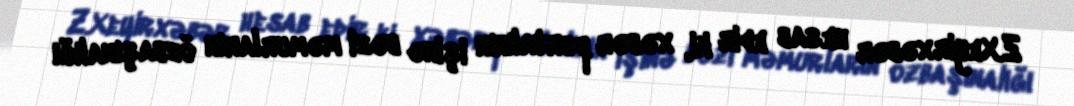
Z.Xeyirxəbər hesab edir ki, xəbər portalının işinə bəzi məmurların özbaşınalığı